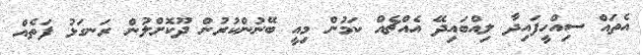
އެތައް ސިއްހީފައިދާ ލިއްބައިދޭ އެއްޗެއް ކަމުން މިއީ ބޭނުންކުރުން ދޫކޮށްލުން ރަނގަޅު ފަތެއް